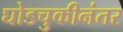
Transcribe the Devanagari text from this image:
घोडचुकीनंतर